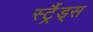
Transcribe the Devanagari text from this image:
स्ट्रैंड्स